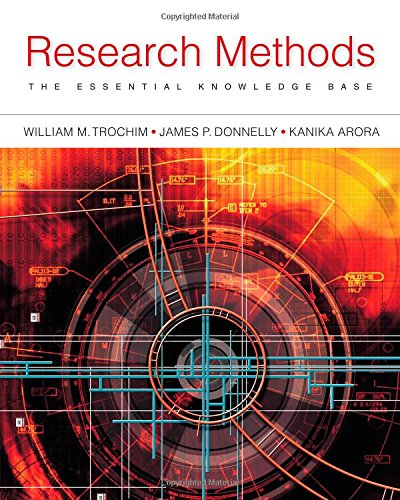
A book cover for Research Methods: The Essential Knowledge Base; William Trochim; Science & Math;